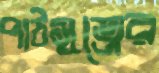
পাঠসূত্রের